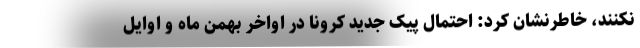
نکنند، خاطرنشان کرد: احتمال پیک جدید کرونا در اواخر بهمن ماه و اوایل